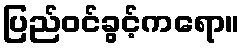
ပြည်ဝင်ခွင့်ကရော။